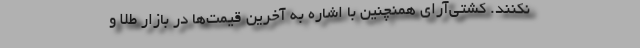
نکنند. کشتی‌آرای همنچنین با اشاره به آخرین قیمت‌ها در بازار طلا و